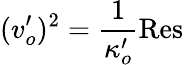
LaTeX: (v_{o}^{\prime})^{2}={\frac{1}{\kappa_{o}^{\prime}}}\mathrm{Res}